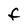
Character: F